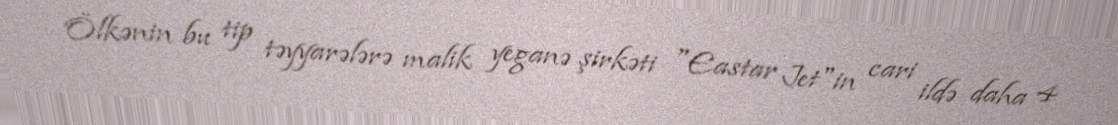
Ölkənin bu tip təyyarələrə malik yeganə şirkəti "Eastar Jet"in cari ildə daha 4